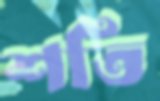
শতি